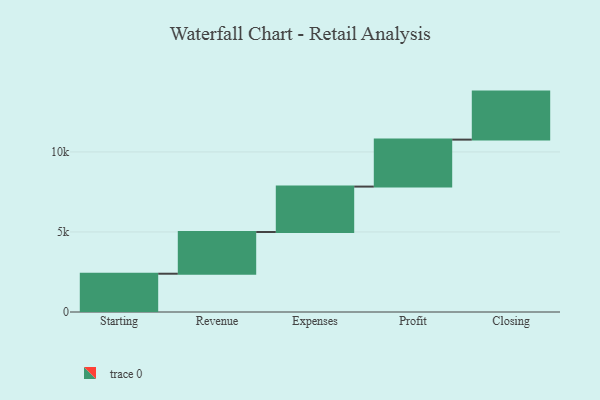
{"axis": {"x": "Step", "y": "Value"}, "legend": [""], "data": [{"x": "Starting", "y": 2391.0, "type": ""}, {"x": "Revenue", "y": 2606.0, "type": ""}, {"x": "Expenses", "y": 2837.0, "type": ""}, {"x": "Profit", "y": 2934.0, "type": ""}, {"x": "Closing", "y": 3000, "type": ""}]}